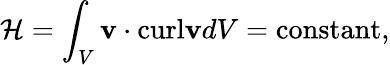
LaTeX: \mathcal{H}=\int_{V}\mathbf{v}\cdot\textrm{curl}\mathbf{v}dV=\textrm{constant},